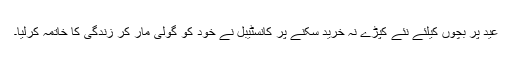
عید پر بچوں کیلئے نئے کپڑے نہ خرید سکنے پر کانسٹیبل نے خود کو گولی مار کر زندگی کا خاتمہ کرلیا۔